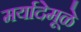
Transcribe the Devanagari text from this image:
मर्यादेमूळे